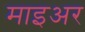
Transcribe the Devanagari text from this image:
माइअर